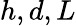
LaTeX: h,d,L